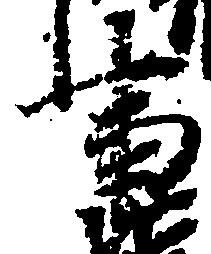
事